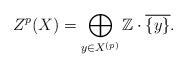
LaTeX: \begin{align*}Z^{p}(X) = \bigoplus_{y \in X^{(p)}} \mathbb{Z} \cdot \overline{\{ y\}}.\end{align*}